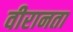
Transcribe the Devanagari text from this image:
वीरानता